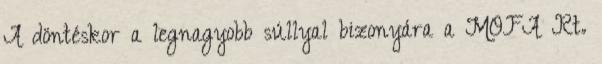
A döntéskor a legnagyobb súllyal bizonyára a MOFA Rt.